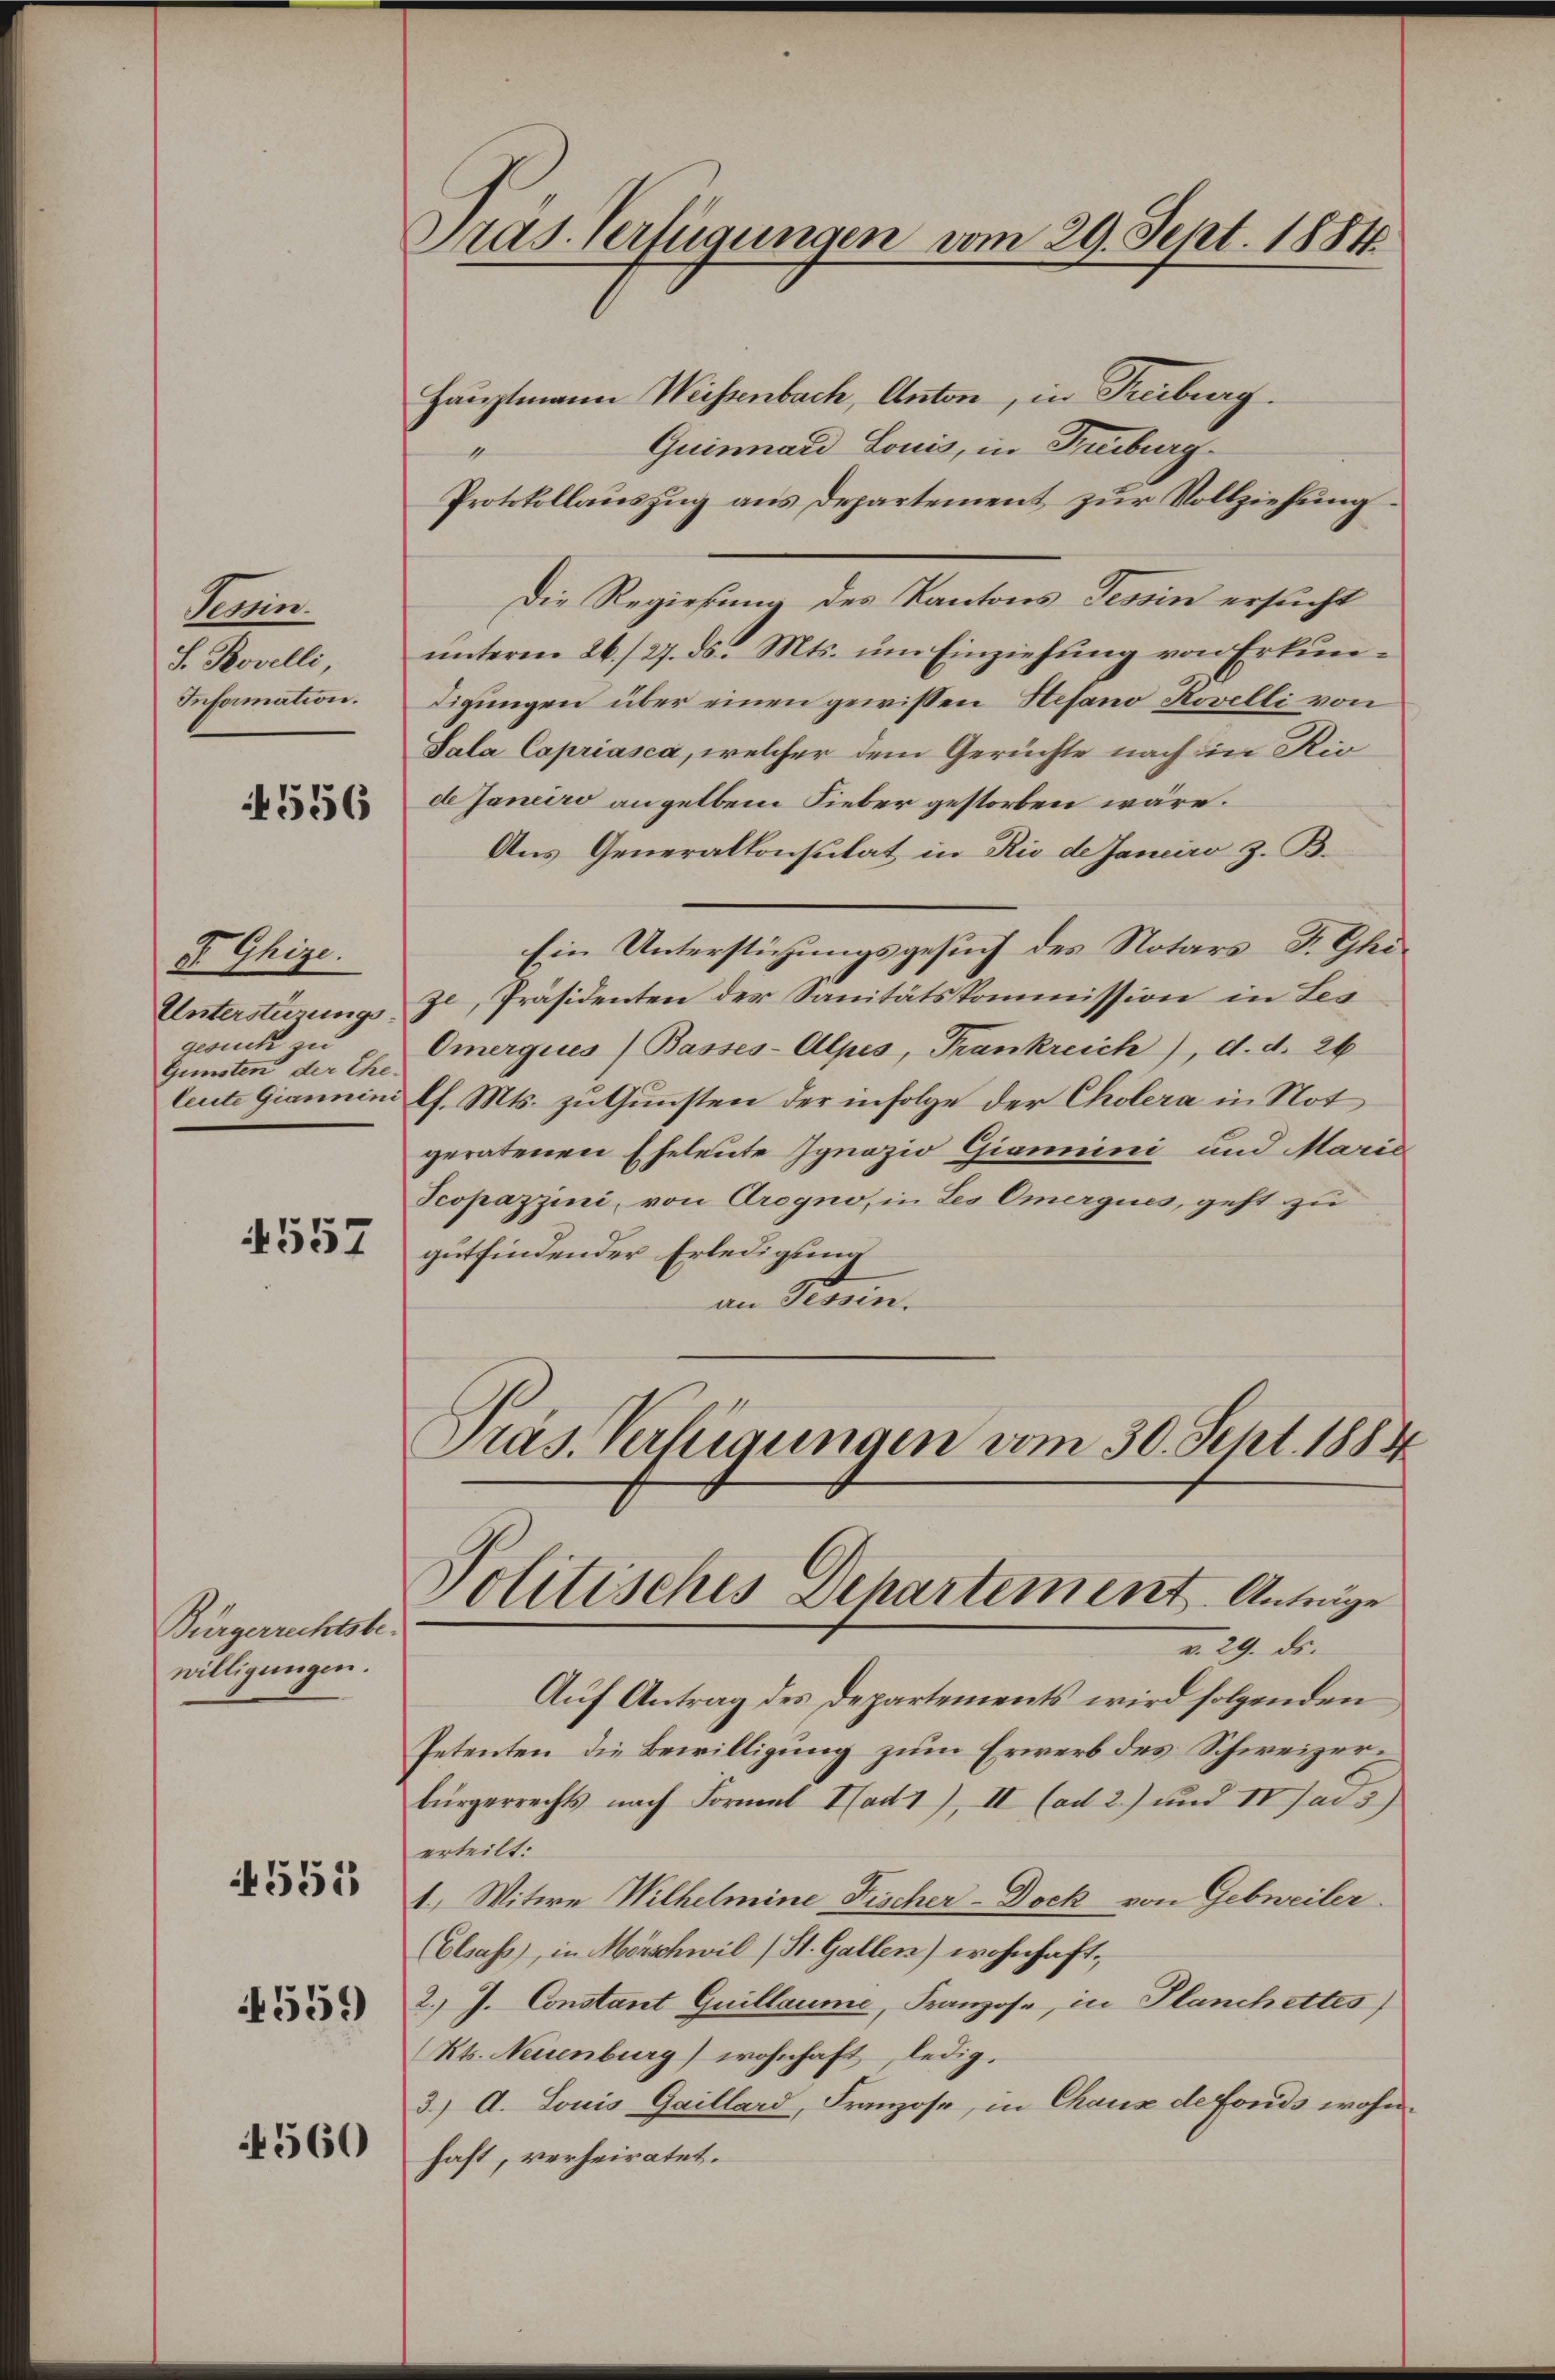
Semin
S. Rovelli,
Information.

556

D Ghize.
Unterstirungsgesuch in
Gunsten der Ehe.

4557

Bürgerrechtsbe-
willigungen.

551

559

4560

Hauptmann Weisenbach, Anton, in Freiburg.
Quinnard Louis, in Freiburg
1
Protokollauszug aus Departement zur Vollziehung
Die Regierung des Kantons Tessin ersucht
unterm 26./27. ds. Mts. um Einziehung von Erkundigungen über einen gewissen Stefano Rovelli von
Sala Capriasca, welcher dem Gerüchte nach in Riode Janeiro angelben Fieber gestorben wäre.
Aus Generalkonsulat in Rio de Janeiro z. B.
Ein Unterstüzungsgesuch des Notars F. Ghize, Präsidenten der Sanitätskommission in Les
Omerques (Basses-Alpes, Frankreich), d. d. 26
leute Giannini l. Mts. zu Gunsten der infolge der Cholera in Not
geratenen Eheleute Ignazio Giammini und Marie
Scopazzini, von Orogno, in Les Omergues, geht zu
gutfindender Erledigung
an Strein.
Präs. Verfügungen vom 30. Sept. 1884

Pras. Verfügungen vom 29. Sept. 1884.

Politisches Departement. Anträge
v. 29. ds.

Auf Antrag des Departements wird folgenden
Petenten die Bewilligung zum Erwerb des Schweizerbürgerrechts nach Formal Had1), II (ad 2.) und II Jar 3)
erteilt:
1., Witwe Wilhelmine Fischer-Dock von Gebreiter.
(Elsass, in Mörschwil (St. Gallen) wohnhaft,
2.) J. Constant Guillaume, Franzose, in Planchettes)
Kts. Neuenburg) wohnhaft, ledig.
3.) A. Louis Gaillard, Franzose, in Chaux de fonds wohnhaft, verheiratet.